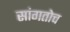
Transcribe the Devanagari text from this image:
सांगतोच